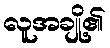
လူအချို့၏